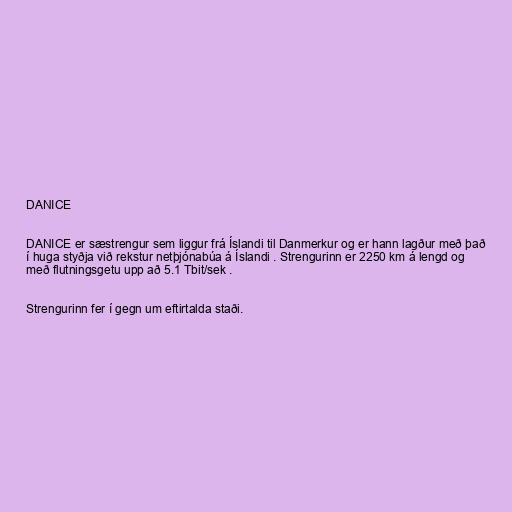
DANICE

DANICE er sæstrengur sem liggur frá Íslandi til Danmerkur og er hann lagður með það
í huga styðja við rekstur netþjónabúa á Íslandi . Strengurinn er 2250 km á lengd og
með flutningsgetu upp að 5.1 Tbit/sek .

Strengurinn fer í gegn um eftirtalda staði.